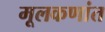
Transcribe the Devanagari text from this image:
मूलकणांत